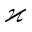
\varkappa